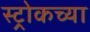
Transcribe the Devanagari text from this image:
स्ट्रोकच्या